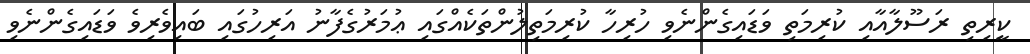
ކީރިތި ރަސޫލާއާއި ކުރިމަތި ވަޑައިގެންނެވި ހުރިހާ ކުރިމަތިލުންތަކެއްގައި ޢުމަރުގެފާނު އަރިހުގައި ބައިވެރިވެ ވަޑައިގެންނެވި